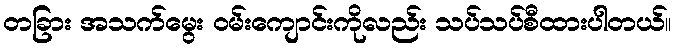
တခြား အသက်မွေး ဝမ်းကျောင်းကိုလည်း သပ်သပ်စီထားပါတယ်။